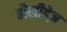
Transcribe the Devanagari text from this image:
हौलीडेज़